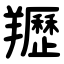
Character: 䍽